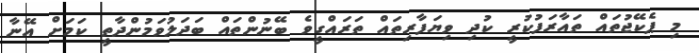
މި ޕެކޭޖުތައް ތައާރަފުކުރީ ކުދި ވިޔަފާރިތައް ތަރައްގީވެ ބޭނުންތައް ބަދަލުވަމުންދާތީ ކަމަށް އޭނާ